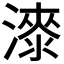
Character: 𣾰